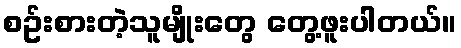
စဥ်းစားတဲ့သူမျိုးတွေ တွေ့ဖူးပါတယ်။